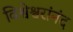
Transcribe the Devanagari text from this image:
विश्वेश्वरांनंद